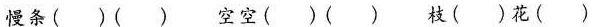
慢条（ ）（ ） 空空（ ）（ ） 枝（ ）花（ ）